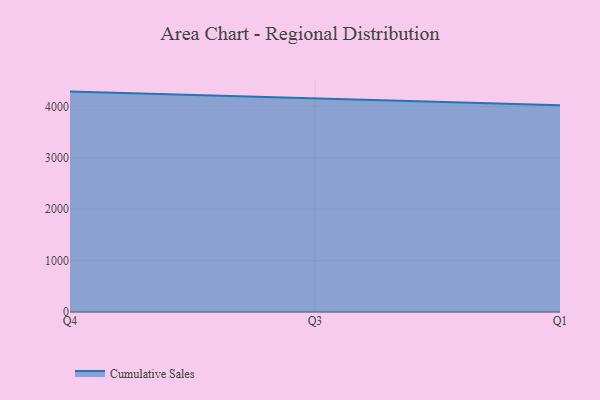
{"axis": {"x": "Quarter", "y": "Satisfaction Score"}, "legend": ["Cumulative Sales"], "data": [{"x": "Q4", "y": 4289.3, "type": "Cumulative Sales"}, {"x": "Q3", "y": 4159.2, "type": "Cumulative Sales"}, {"x": "Q1", "y": 4023.6, "type": "Cumulative Sales"}]}